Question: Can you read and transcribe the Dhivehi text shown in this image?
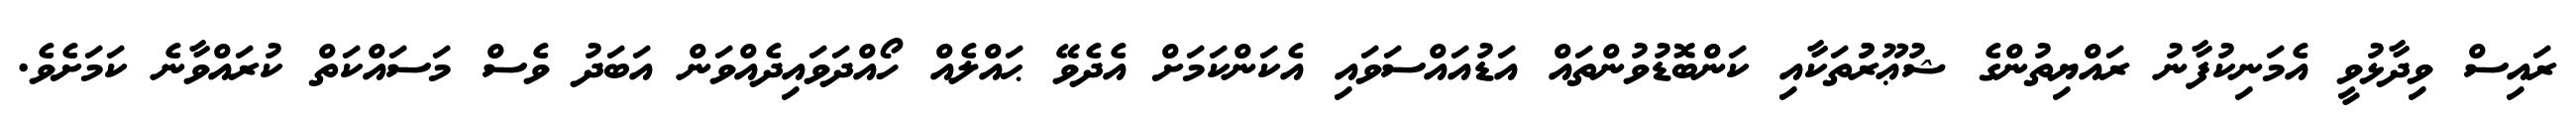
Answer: ރައިސް ވިދާޅުވީ އެމަނިކުފާނު ރައްޔިތުންގެ ޝުޢޫރުުތަކާއި ކަންބޮޑުވުންތައް އަޑުއައްސަވައި އެކަންކަމަށް އެދެވޭ ޙައްލެއް ހޯއްދަވައިދެއްވަން އަބަދު ވެސް މަސައްކަތް ކުރައްވާނެ ކަމަށެވެ.